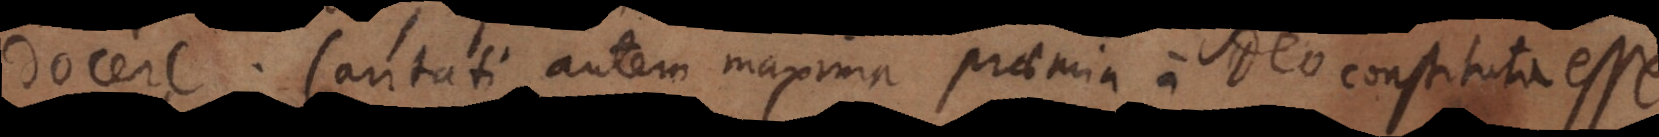
docere. Caritati autem maxima praemia a Deo constituta esse